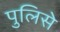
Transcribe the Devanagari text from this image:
पुलिसे